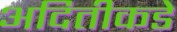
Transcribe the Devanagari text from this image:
अदितीकडे